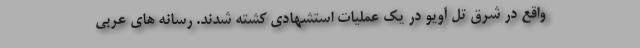
واقع در شرق تل آویو در یک عملیات استشهادی کشته شدند. رسانه های عربی